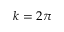
k = 2 \pi